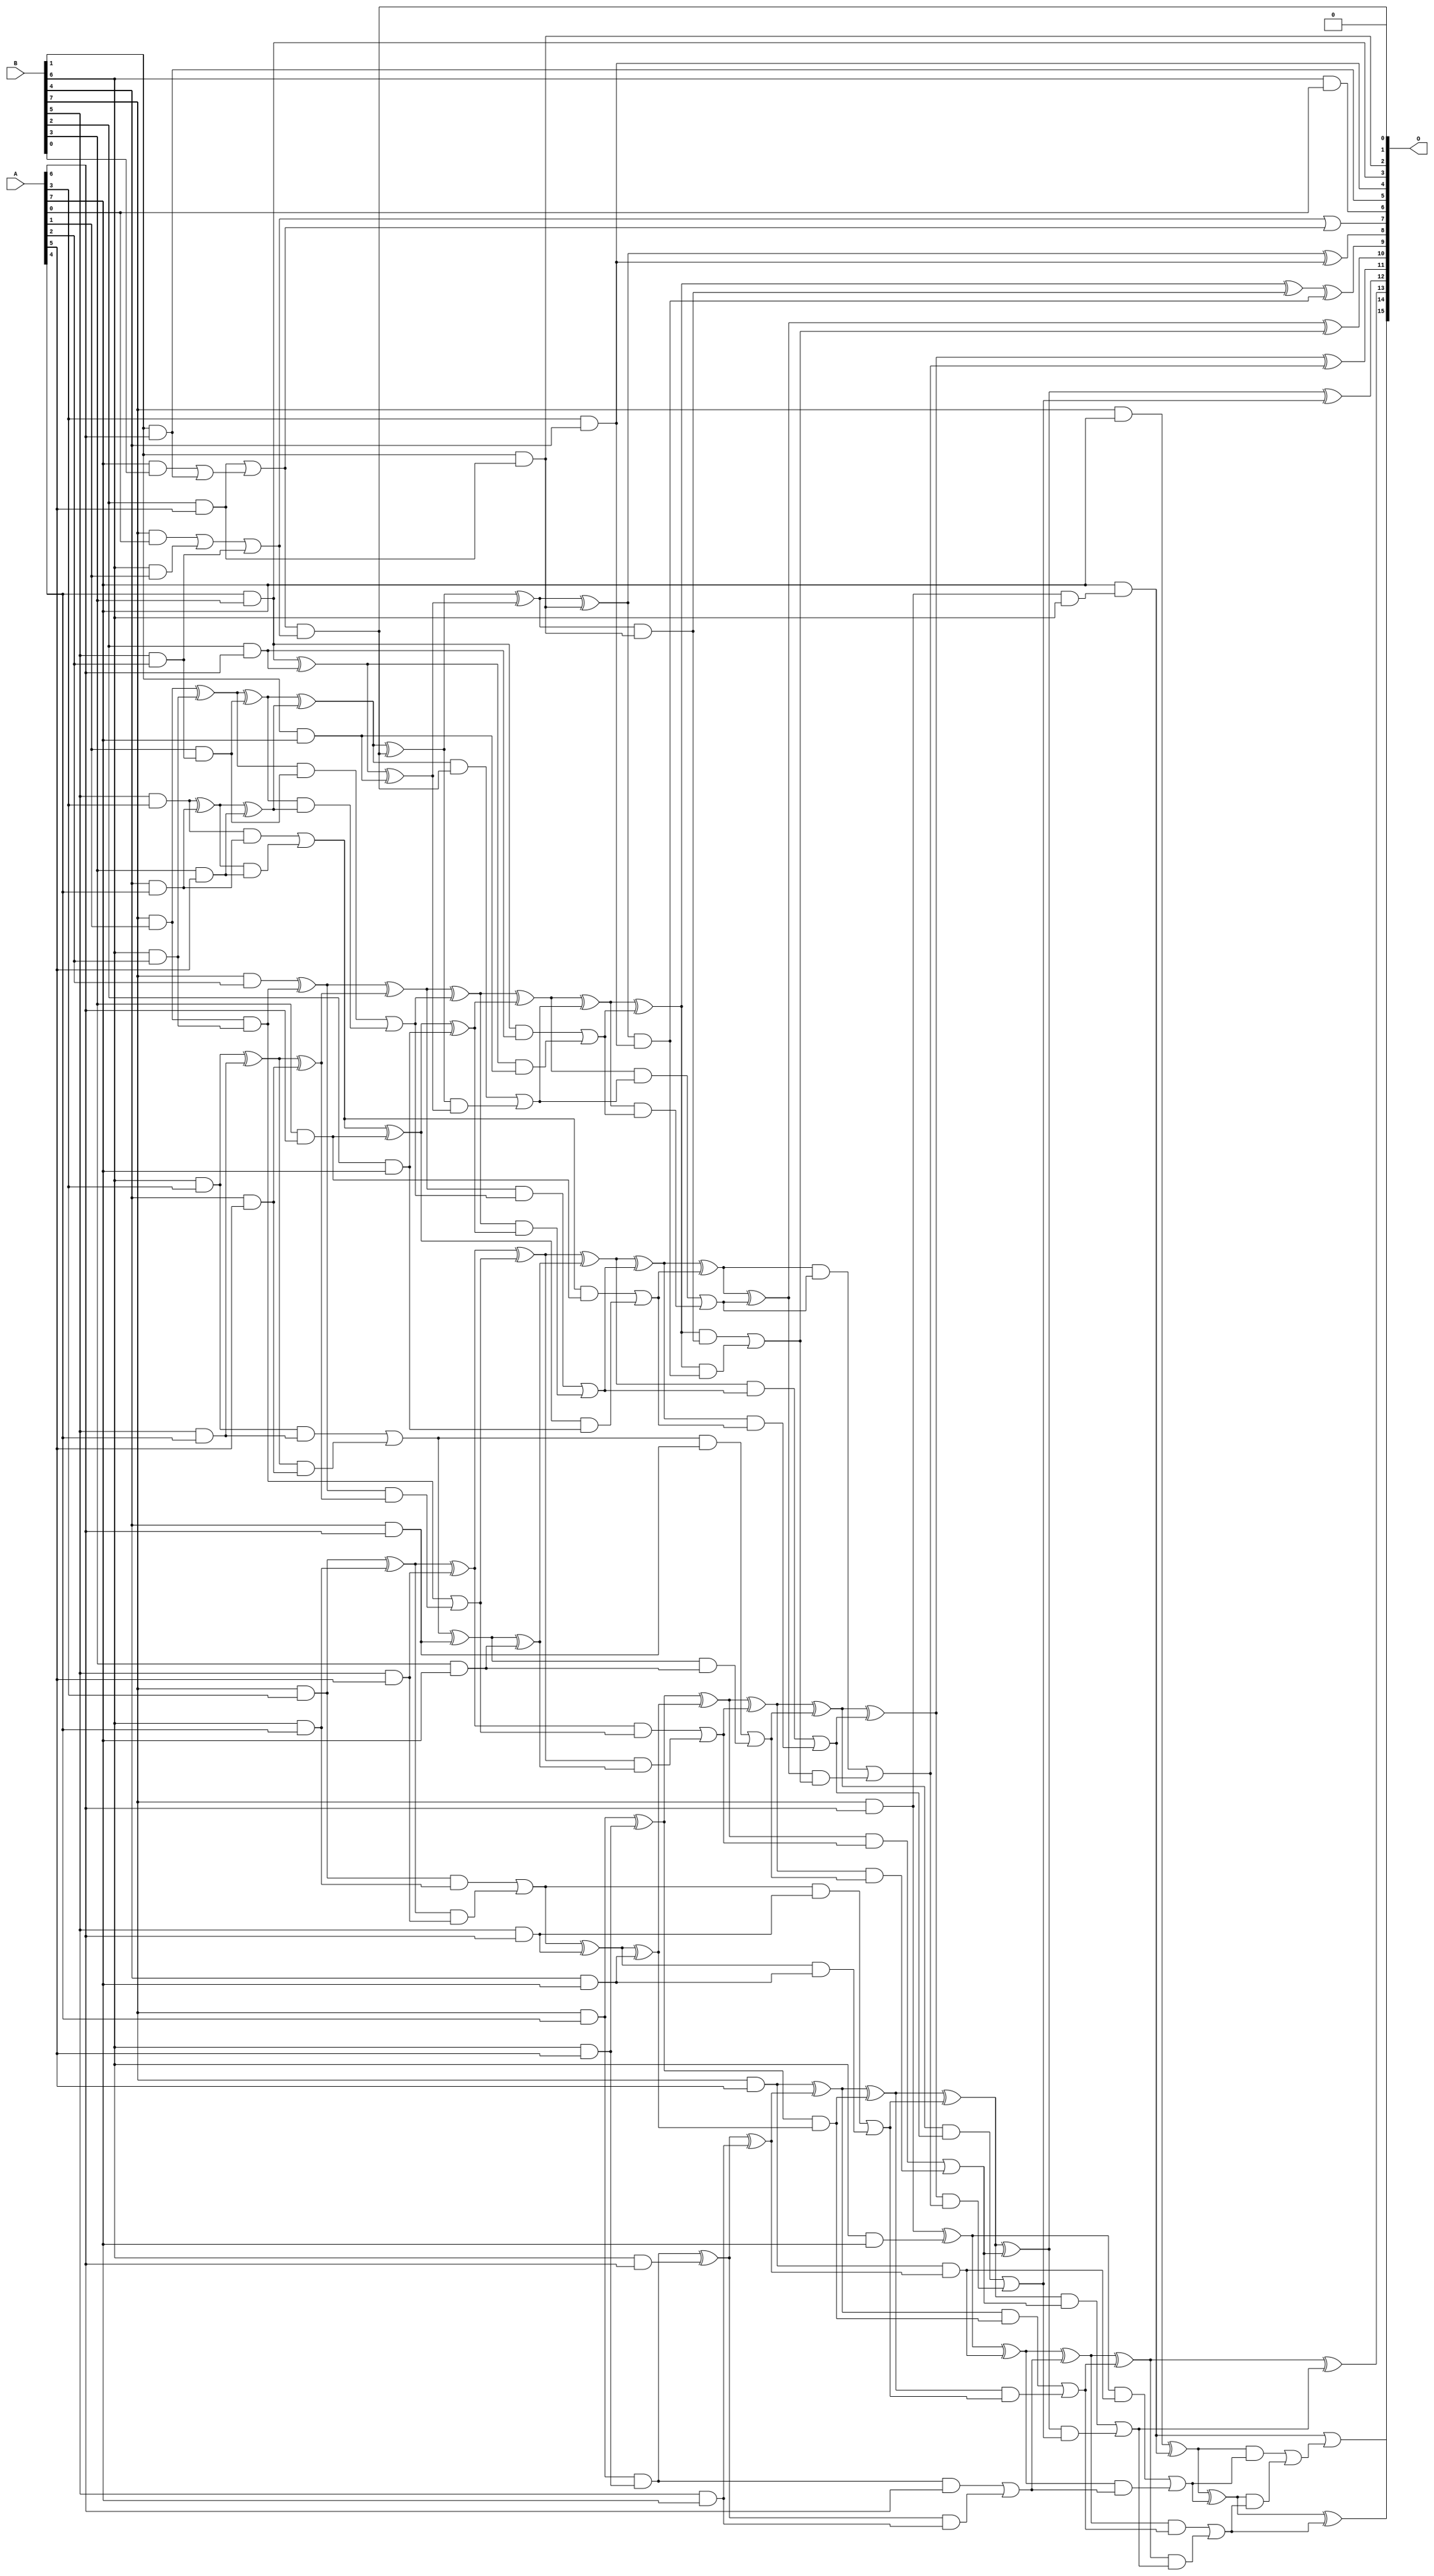
/***
* This code is a part of EvoApproxLib library (ehw.fit.vutbr.cz/approxlib) distributed under The MIT License.
* When used, please cite the following article(s): PRABAKARAN B. S., MRAZEK V., VASICEK Z., SEKANINA L., SHAFIQUE M. ApproxFPGAs: Embracing ASIC-based Approximate Arithmetic Components for FPGA-Based Systems. DAC 2020. 
***/
// MAE% = 0.16 %
// MAE = 104 
// WCE% = 0.73 %
// WCE = 481 
// WCRE% = 112.50 %
// EP% = 96.25 %
// MRE% = 3.68 %
// MSE = 17466 
// FPGA_POWER = 0.85
// FPGA_DELAY = 9.7
// FPGA_LUT = 48

module mul8u_GT4 (
    A,
    B,
    O
);

input [7:0] A;
input [7:0] B;
output [15:0] O;

wire sig_22,sig_23,sig_30,sig_31,sig_37,sig_38,sig_39,sig_44,sig_45,sig_46,sig_47,sig_52,sig_53,sig_54,sig_55,sig_57,sig_59,sig_60,sig_61,sig_62;
wire sig_63,sig_66,sig_67,sig_68,sig_69,sig_70,sig_71,sig_73,sig_74,sig_75,sig_76,sig_77,sig_78,sig_79,sig_103,sig_107,sig_109,sig_110,sig_112,sig_113;
wire sig_124,sig_126,sig_128,sig_131,sig_132,sig_133,sig_134,sig_135,sig_136,sig_137,sig_138,sig_139,sig_140,sig_141,sig_142,sig_143,sig_144,sig_145,sig_146,sig_147;
wire sig_171,sig_173,sig_175,sig_176,sig_177,sig_178,sig_179,sig_180,sig_182,sig_183,sig_184,sig_188,sig_192,sig_193,sig_194,sig_195,sig_196,sig_197,sig_198,sig_199;
wire sig_200,sig_201,sig_202,sig_203,sig_204,sig_205,sig_206,sig_207,sig_208,sig_209,sig_210,sig_211,sig_212,sig_213,sig_214,sig_215,sig_216,sig_217,sig_218,sig_238;
wire sig_239,sig_240,sig_241,sig_242,sig_243,sig_244,sig_245,sig_246,sig_247,sig_248,sig_249,sig_250,sig_251,sig_252,sig_253,sig_254,sig_255,sig_256,sig_265,sig_270;
wire sig_271,sig_273,sig_274,sig_275,sig_276,sig_277,sig_278,sig_279,sig_280,sig_281,sig_282,sig_283,sig_284,sig_285,sig_286,sig_287,sig_288,sig_289,sig_290,sig_291;
wire sig_292,sig_293,sig_294,sig_295,sig_296,sig_297,sig_298,sig_299,sig_312,sig_313,sig_317,sig_318,sig_319,sig_320,sig_321,sig_322,sig_323,sig_324,sig_325,sig_326;
wire sig_327,sig_328,sig_329,sig_330,sig_331,sig_332,sig_333,sig_334,sig_335,sig_336,sig_337,sig_338,sig_339,sig_340,sig_341,sig_342,sig_343,sig_344,sig_345,sig_346;
wire sig_348;

assign sig_22 = B[6] & A[0];
assign sig_23 = B[7] & A[0];
assign sig_30 = B[6] & A[1];
assign sig_31 = B[7] & A[1];
assign sig_37 = B[5] & A[2];
assign sig_38 = B[6] & A[2];
assign sig_39 = B[7] & A[2];
assign sig_44 = B[2] & A[5];
assign sig_45 = B[5] & A[3];
assign sig_46 = B[6] & A[3];
assign sig_47 = B[7] & A[3];
assign sig_52 = B[4] & A[4];
assign sig_53 = B[5] & A[4];
assign sig_54 = B[6] & A[4];
assign sig_55 = B[7] & A[4];
assign sig_57 = B[1] & A[6];
assign sig_59 = B[3] & A[5];
assign sig_60 = B[4] & A[5];
assign sig_61 = B[5] & A[5];
assign sig_62 = B[6] & A[5];
assign sig_63 = B[7] & A[5];
assign sig_66 = B[2] & A[6];
assign sig_67 = B[3] & A[6];
assign sig_68 = B[4] & A[6];
assign sig_69 = B[5] & A[6];
assign sig_70 = B[6] & A[6];
assign sig_71 = B[7] & A[6];
assign sig_73 = B[1] & A[7];
assign sig_74 = B[2] & A[7];
assign sig_75 = B[3] & A[7];
assign sig_76 = B[4] & A[7];
assign sig_77 = B[5] & A[7];
assign sig_78 = B[6] & A[7];
assign sig_79 = B[7] & A[7];
assign sig_103 = A[7] & B[0];
assign sig_107 = sig_23 | sig_30;
assign sig_109 = A[1] & sig_37;
assign sig_110 = sig_107 | sig_37;
assign sig_112 = sig_31 & sig_38;
assign sig_113 = sig_31 ^ sig_38;
assign sig_124 = sig_103 | sig_57;
assign sig_126 = sig_44 | sig_124;
assign sig_128 = A[4] & B[3];
assign sig_131 = sig_45 ^ sig_52;
assign sig_132 = sig_45 & sig_52;
assign sig_133 = sig_131 & sig_59;
assign sig_134 = sig_131 ^ sig_59;
assign sig_135 = sig_132 | sig_133;
assign sig_136 = sig_46 ^ sig_53;
assign sig_137 = sig_46 & sig_53;
assign sig_138 = sig_136 & sig_60;
assign sig_139 = sig_136 ^ sig_60;
assign sig_140 = sig_137 | sig_138;
assign sig_141 = sig_47 ^ sig_54;
assign sig_142 = sig_47 & sig_54;
assign sig_143 = sig_141 & sig_61;
assign sig_144 = sig_141 ^ sig_61;
assign sig_145 = sig_142 | sig_143;
assign sig_146 = sig_55 & sig_62;
assign sig_147 = sig_55 ^ sig_62;
assign sig_171 = sig_126 & sig_110;
assign sig_173 = sig_110 | sig_126;
assign sig_175 = sig_113 ^ sig_109;
assign sig_176 = sig_113 & sig_109;
assign sig_177 = sig_175 & sig_134;
assign sig_178 = sig_175 ^ sig_134;
assign sig_179 = sig_176 | sig_177;
assign sig_180 = sig_39 ^ sig_112;
assign sig_182 = sig_180 & sig_139;
assign sig_183 = sig_180 ^ sig_139;
assign sig_184 = sig_112 | sig_182;
assign sig_188 = B[1] & sig_44;
assign sig_192 = sig_128 ^ sig_66;
assign sig_193 = sig_128 & sig_66;
assign sig_194 = sig_192 & sig_73;
assign sig_195 = sig_192 ^ sig_73;
assign sig_196 = sig_193 | sig_194;
assign sig_197 = sig_135 ^ sig_67;
assign sig_198 = sig_135 & sig_67;
assign sig_199 = sig_197 & sig_74;
assign sig_200 = sig_197 ^ sig_74;
assign sig_201 = sig_198 | sig_199;
assign sig_202 = sig_140 ^ sig_68;
assign sig_203 = sig_140 & sig_68;
assign sig_204 = sig_202 & sig_75;
assign sig_205 = sig_202 ^ sig_75;
assign sig_206 = sig_203 | sig_204;
assign sig_207 = sig_145 ^ sig_69;
assign sig_208 = sig_145 & sig_69;
assign sig_209 = sig_207 & sig_76;
assign sig_210 = sig_207 ^ sig_76;
assign sig_211 = sig_208 | sig_209;
assign sig_212 = sig_146 ^ sig_70;
assign sig_213 = sig_146 & A[6];
assign sig_214 = sig_212 & sig_77;
assign sig_215 = sig_212 ^ sig_77;
assign sig_216 = sig_213 | sig_214;
assign sig_217 = sig_71 & B[6];
assign sig_218 = sig_71 ^ sig_78;
assign sig_238 = sig_178 ^ sig_171;
assign sig_239 = sig_178 & sig_171;
assign sig_240 = sig_238 & sig_195;
assign sig_241 = sig_238 ^ sig_195;
assign sig_242 = sig_239 | sig_240;
assign sig_243 = sig_183 ^ sig_179;
assign sig_244 = sig_183 & sig_179;
assign sig_245 = sig_243 & sig_200;
assign sig_246 = sig_243 ^ sig_200;
assign sig_247 = sig_244 | sig_245;
assign sig_248 = sig_144 ^ sig_184;
assign sig_249 = sig_144 & sig_184;
assign sig_250 = sig_248 & sig_205;
assign sig_251 = sig_248 ^ sig_205;
assign sig_252 = sig_249 | sig_250;
assign sig_253 = sig_147 & sig_210;
assign sig_254 = sig_147 ^ sig_210;
assign sig_255 = sig_63 & sig_215;
assign sig_256 = sig_63 ^ sig_215;
assign sig_265 = A[3] & B[4];
assign sig_270 = sig_241 & sig_188;
assign sig_271 = sig_241 ^ sig_188;
assign sig_273 = sig_246 ^ sig_242;
assign sig_274 = sig_246 & sig_242;
assign sig_275 = sig_273 & sig_196;
assign sig_276 = sig_273 ^ sig_196;
assign sig_277 = sig_274 | sig_275;
assign sig_278 = sig_251 ^ sig_247;
assign sig_279 = sig_251 & sig_247;
assign sig_280 = sig_278 & sig_201;
assign sig_281 = sig_278 ^ sig_201;
assign sig_282 = sig_279 | sig_280;
assign sig_283 = sig_254 ^ sig_252;
assign sig_284 = sig_254 & sig_252;
assign sig_285 = sig_283 & sig_206;
assign sig_286 = sig_283 ^ sig_206;
assign sig_287 = sig_284 | sig_285;
assign sig_288 = sig_256 ^ sig_253;
assign sig_289 = sig_256 & sig_253;
assign sig_290 = sig_288 & sig_211;
assign sig_291 = sig_288 ^ sig_211;
assign sig_292 = sig_289 | sig_290;
assign sig_293 = sig_218 ^ sig_255;
assign sig_294 = sig_218 & sig_255;
assign sig_295 = sig_293 & sig_216;
assign sig_296 = sig_293 ^ sig_216;
assign sig_297 = sig_294 | sig_295;
assign sig_298 = A[7] & sig_217;
assign sig_299 = sig_79 ^ sig_298;
assign sig_312 = sig_271 ^ sig_265;
assign sig_313 = sig_271 & sig_265;
assign sig_317 = sig_276 ^ sig_270;
assign sig_318 = sig_276 & sig_270;
assign sig_319 = sig_276 & sig_313;
assign sig_320 = sig_317 ^ sig_313;
assign sig_321 = sig_318 | sig_319;
assign sig_322 = sig_281 ^ sig_277;
assign sig_323 = sig_281 & sig_277;
assign sig_324 = sig_322 & sig_321;
assign sig_325 = sig_322 ^ sig_321;
assign sig_326 = sig_323 | sig_324;
assign sig_327 = sig_286 ^ sig_282;
assign sig_328 = sig_286 & sig_282;
assign sig_329 = sig_327 & sig_326;
assign sig_330 = sig_327 ^ sig_326;
assign sig_331 = sig_328 | sig_329;
assign sig_332 = sig_291 ^ sig_287;
assign sig_333 = sig_291 & sig_287;
assign sig_334 = sig_332 & sig_331;
assign sig_335 = sig_332 ^ sig_331;
assign sig_336 = sig_333 | sig_334;
assign sig_337 = sig_296 ^ sig_292;
assign sig_338 = sig_296 & sig_292;
assign sig_339 = sig_337 & sig_336;
assign sig_340 = sig_337 ^ sig_336;
assign sig_341 = sig_338 | sig_339;
assign sig_342 = sig_299 ^ sig_297;
assign sig_343 = sig_299 & sig_297;
assign sig_344 = sig_342 & sig_341;
assign sig_345 = sig_342 ^ sig_341;
assign sig_346 = sig_343 | sig_344;
assign sig_348 = sig_298 | sig_346;

assign O[15] = sig_348;
assign O[14] = sig_345;
assign O[13] = sig_340;
assign O[12] = sig_335;
assign O[11] = sig_330;
assign O[10] = sig_325;
assign O[9] = sig_320;
assign O[8] = sig_312;
assign O[7] = sig_173;
assign O[6] = sig_22;
assign O[5] = sig_57;
assign O[4] = sig_265;
assign O[3] = sig_128;
assign O[2] = sig_188;
assign O[1] = 1'b0;
assign O[0] = sig_171;

endmodule